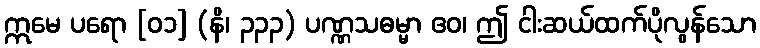
ဣမေ ပရော [၀၁] (နိ၊ ၃၃၃) ပဏ္ဏသဓမ္မာ ဧဝ၊ ဤ ငါးဆယ်ထက်ပိုလွန်သော